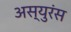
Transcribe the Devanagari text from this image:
अस्युरंस